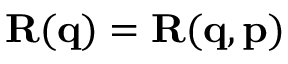
\mathbf { R } ( \mathbf { q } ) = \mathbf { R } ( \mathbf { q } , \mathbf { p } )